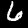
Digit: 6